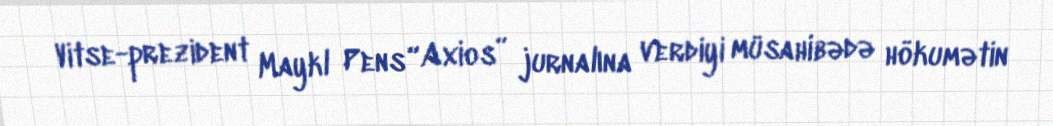
Vitse-prezident Maykl Pens “Axios” jurnalına verdiyi müsahibədə hökumətin